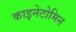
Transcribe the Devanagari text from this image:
काइनेटोमिन